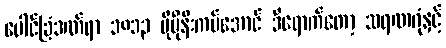
ပေါင်ခြံဒဏ်ရာ ၁၈၁၃ ပိုမိုနီးကပ်အောင် ဒီရောက်တော့ သရဏဂုံနှင့်